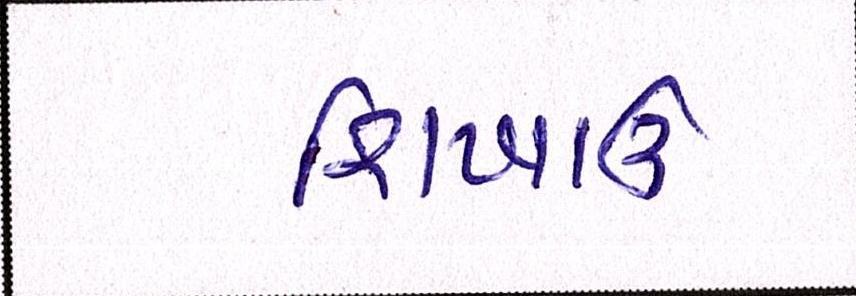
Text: શિખાઉ